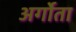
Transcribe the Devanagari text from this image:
अर्गोता